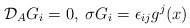
\begin{align*}{\cal {D}}_{A}G_{i} = 0 , \hspace{3pt} \sigma G_{i}= \epsilon_{ij} g^{j}(x) \end{align*}